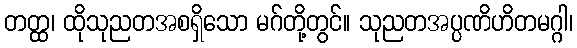
တတ္ထ၊ ထိုသုညတအစရှိသော မဂ်တို့တွင်။ သုညတအပ္ပဏိဟိတမဂ္ဂါ၊